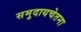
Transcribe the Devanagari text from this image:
समुदायचेतना